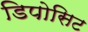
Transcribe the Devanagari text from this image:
डिपोसिट